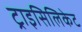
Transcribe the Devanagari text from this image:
ट्राइसिलिकेट